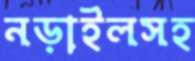
নড়াইলসহ